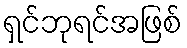
ရှင်ဘုရင်အဖြစ်